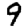
Digit: 9